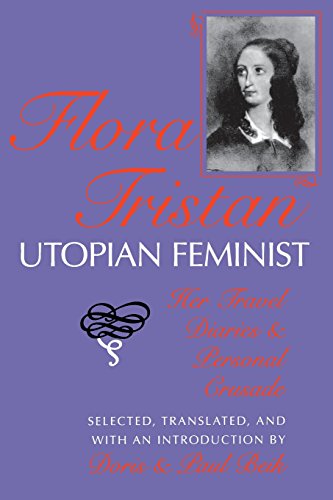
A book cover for Flora Tristan, Utopian Feminist: Her Travel Diaries and Personal Crusade; Gay & Lesbian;